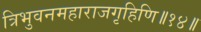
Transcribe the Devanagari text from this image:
त्रिभुवनमहाराजगृहिणि॥१४॥